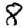
Digit: 8